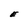
Character: E